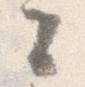
々